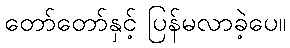
တော်တော်နှင့် ပြန်မလာခဲ့ပေ။